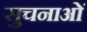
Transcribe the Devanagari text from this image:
सुचनाओं